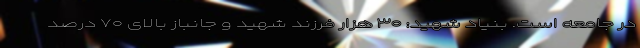
در جامعه است. بنیاد شهید: ۳۰ هزار فرزند شهید و جانباز بالای ۷۰ درصد